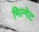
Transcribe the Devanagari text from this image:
मिल्गेट